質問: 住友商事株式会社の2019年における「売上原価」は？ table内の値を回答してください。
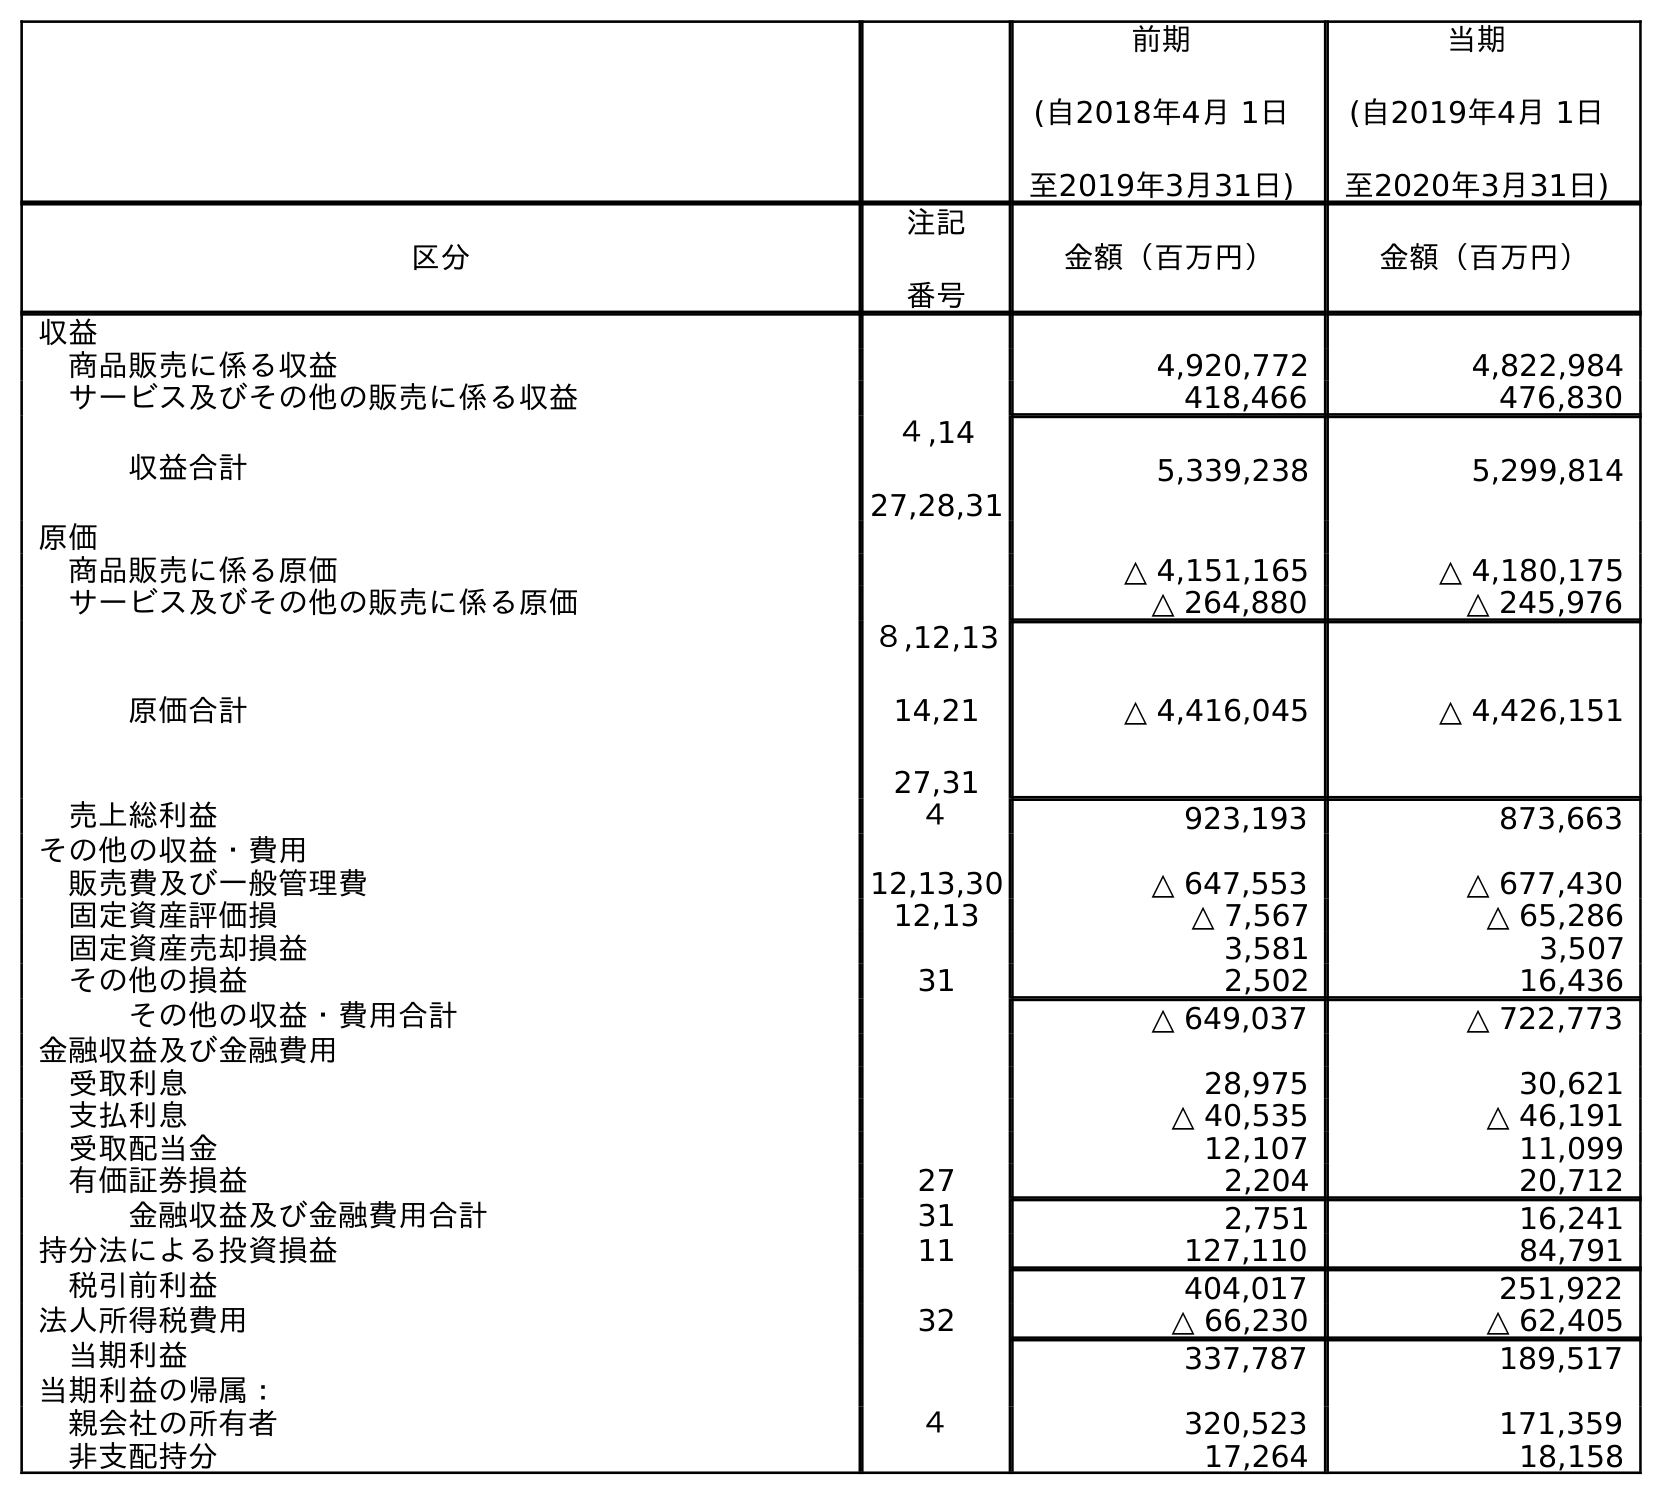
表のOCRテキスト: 前期 (自2018年4月 1日 至2019年3月31日) 当期 (自2019年4月 1日 至2020年3月31日) 区分 注記 番号 金額（百万円） 金額（百万円） 収益 商品販売に係る収益 4,920,772 4,822,984 サービス及びその他の販売に係る収益 418,466 476,830 収益合計 ４,14 27,28,31 5,339,238 5,299,814 原価 商品販売に係る原価 △ 4,151,165 △ 4,180,175 サービス及びその他の販売に係る原価 △ 264,880 △ 245,976 原価合計 ８,12,13 14,21 27,31 △ 4,416,045 △ 4,426,151 売上総利益 ４ 923,193 873,663 その他の収益・費用 販売費及び一般管理費 12,13,30 △ 647,553 △ 677,430 固定資産評価損 12,13 △ 7,567 △ 65,286 固定資産売却損益 3,581 3,507 その他の損益 31 2,502 16,436 その他の収益・費用合計 △ 649,037 △ 722,773 金融収益及び金融費用 受取利息 28,975 30,621 支払利息 △ 40,535 △ 46,191 受取配当金 12,107 11,099 有価証券損益 27 2,204 20,712 金融収益及び金融費用合計 31 2,751 16,241 持分法による投資損益 11 127,110 84,791 税引前利益 404,017 251,922 法人所得税費用 32 △ 66,230 △ 62,405 当期利益 337,787 189,517 当期利益の帰属： 親会社の所有者 ４ 320,523 171,359 非支配持分 17,264 18,158
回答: △4,416,045